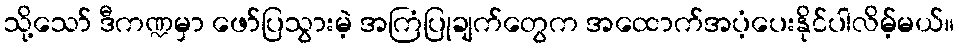
သို့သော် ဒီကဏ္ဍမှာ ဖော်ပြသွားမဲ့ အကြံပြုချက်တွေက အထောက်အပံ့ပေးနိုင်ပါလိမ့်မယ်။